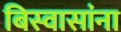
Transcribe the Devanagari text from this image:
बिस्वासांना